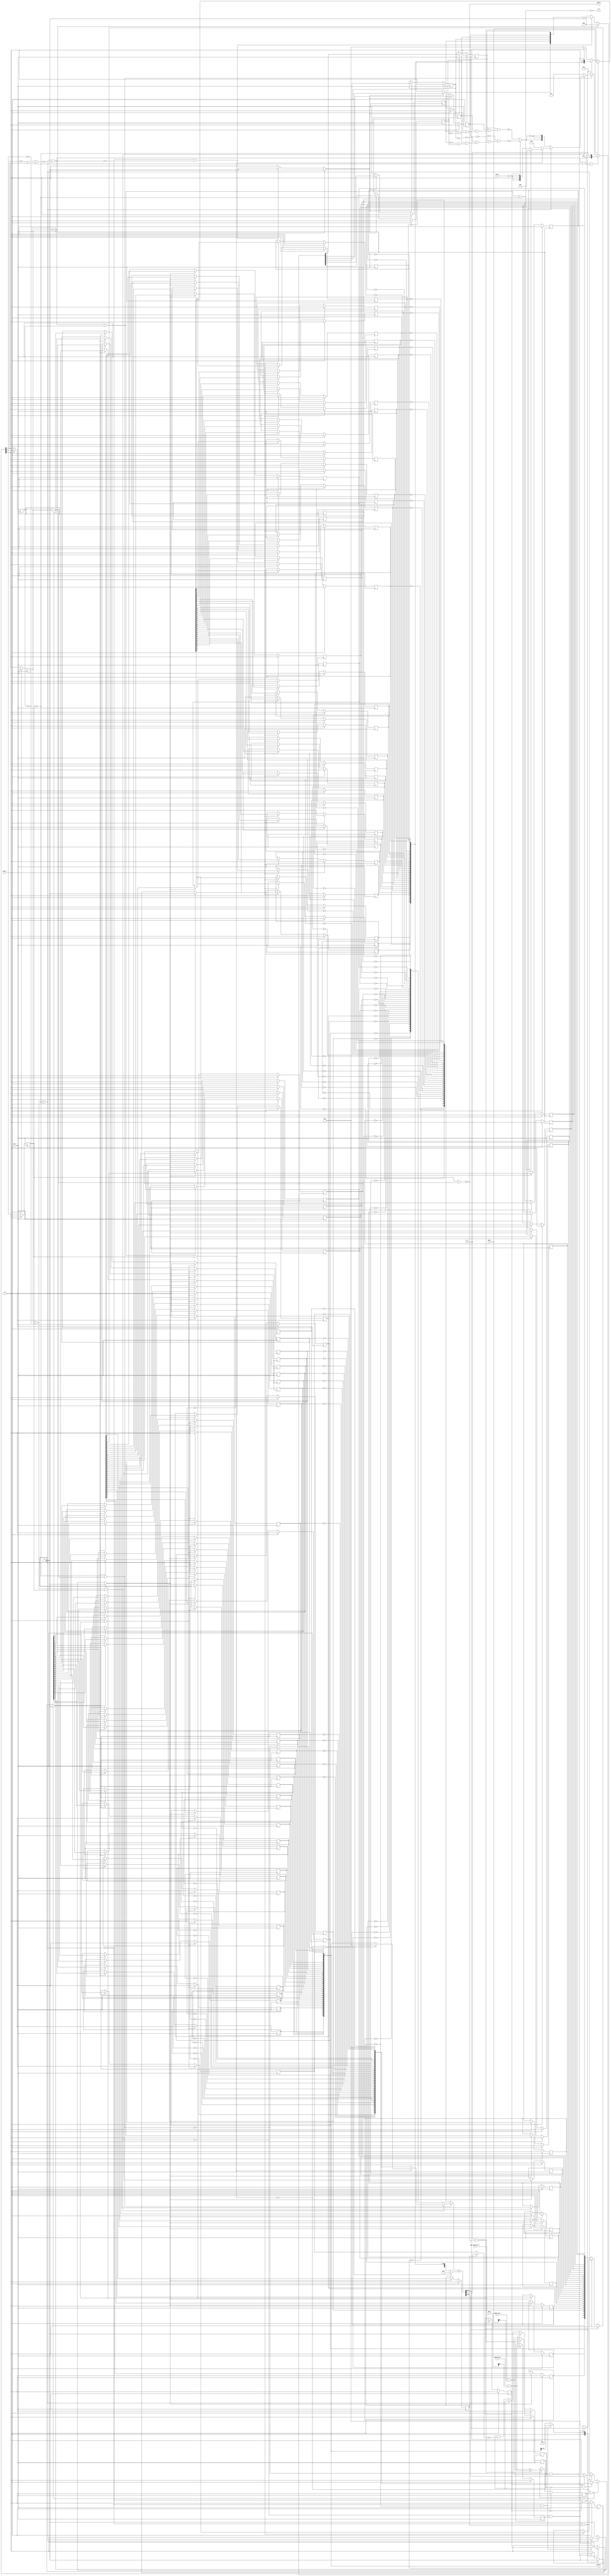
module bsg_imul_iterative_width_p32
(
  reset_i,
  clk_i,
  v_i,
  ready_o,
  opA_i,
  signed_opA_i,
  opB_i,
  signed_opB_i,
  gets_high_part_i,
  v_o,
  result_o,
  yumi_i
);

  input [31:0] opA_i;
  input [31:0] opB_i;
  output [31:0] result_o;
  input reset_i;
  input clk_i;
  input v_i;
  input signed_opA_i;
  input signed_opB_i;
  input gets_high_part_i;
  input yumi_i;
  output ready_o;
  output v_o;
  wire ready_o,v_o,N0,N1,N2,N3,N4,N5,N6,N7,N8,N9,N10,N11,N12,N13,N14,N15,N16,N17,N18,
  N19,N20,N21,N22,N23,N24,N25,N26,shift_counter_full,N27,N28,N29,N30,N31,N32,N33,
  N34,N35,N36,N37,N38,N39,N40,N41,N42,N43,N44,N45,N46,N47,N48,N49,N50,N51,N52,N53,
  N54,N55,N56,N57,N58,N59,N60,N61,N62,N63,N64,N65,N66,N67,N68,N69,N70,N71,N72,N73,
  N74,N75,N76,N77,N78,N79,N80,N81,N82,N83,N84,N85,N86,N87,N88,N89,N90,N91,N92,N93,
  N94,N95,N96,N97,N98,N99,N100,N101,N102,N103,N104,N105,N106,N107,N108,N109,N110,
  N111,N112,N113,N114,N115,N116,N117,N118,N119,N120,N121,N122,N123,N124,N125,N126,
  N127,N128,N129,N130,N131,N132,N133,N134,N135,N136,N137,N138,N139,N140,N141,N142,
  N143,N144,N145,N146,N147,N148,N149,N150,N151,N152,N153,N154,N155,N156,N157,N158,
  N159,N160,N161,N162,N163,N164,N165,N166,adder_neg_op,N167,latch_input,signed_opA,
  signed_opB,N168,N169,N170,N171,N172,N173,N174,N175,N176,N177,N178,N179,N180,N181,
  N182,N183,N184,N185,N186,N187,N188,N189,N190,N191,N192,N193,N194,N195,N196,N197,
  N198,N199,N200,N201,N202,N203,N204,N205,N206,N207,N208,N209,N210,N211,N212,N213,
  N214,N215,N216,N217,N218,N219,N220,N221,N222,N223,N224,N225,N226,N227,N228,N229,
  N230,N231,N232,N233,N234,N235,N236,N237,N238,N239,N240,N241,N242,N243,N244,N245,
  N246,N247,N248,N249,N250,N251,N252,N253,N254,N255,N256,N257,N258,N259,N260,N261,
  N262,N263,N264,N265,N266,N267,N268,N269,N270,N271,N272,N273,N274,N275,N276,N277,
  N278,N279,N280,N281,N282,N283,N284,N285,N286,N287,N288,N289,N290,N291,N292,N293,
  N294,N295,N296,N297,N298,N299,N300,N301,N302,N303,N304,N305,N306,N307,N308,N309,
  shifted_lsb,N310,N311,N312,N313,N314,N315,N316,N317,N318,N319,N320,N321,N322,N323,
  N324,N325,N326,N327,N328,N329,N330,N331,N332,N333,N334,N335,N336,N337,N338,N339,
  N340,N341,N342,N343,N344,N345,N346,N347,N348,N349,N350,N351,N352,N353,N354,N355,
  N356,N357,N358,N359,N360,N361,N362,N363,N364,N365,N366,N367,N368,N369,N370,N371,
  N372,N373,N374,N375,N376,N377,N378,N379,N380,N381,N382,N383,N384,N385,N386,N387,
  N388,N389,N390,N391,N392,N393,N394,N395,N396,N397,N398,N399,N400,N401,N402,N403,
  N404,N405,N406,N407,N408,N409,N410,N411,N412,N413,N414,N415,N416,N417,N418,N419,
  N420,N421,N422,N423,N424,N425,N426,N427,N428,N429,N430,N431,N432,N433,N434,N435,
  N436,N437,N438,N439,N440,N441,N442,N443,N444,N445,N446,N447,N448,N449,N450,N451,
  N453,N454,N455,N456,N457,N458,N459,N460,N461,N462,N463,N464,N465,N466,N467,N468,
  N469,N470,N471,N472,N473,N474,N475,N476,N477,N478,N479,N480,N481,N482,N483,N484,
  N485,N486,N487,N488,N489,N490,N491,N492,N493,N494,N495,N496,N497,N498,N499,N500,
  N501,N502,N503,N504,N505,N506,N507,N509,N510,N511,N512,N513,N514,N515,N516,N517,
  N518,N519,N520,N521,N522,N523,N524,N525,N526,N527,N528,N529;
  wire [2:0] next_state;
  wire [31:0] adder_a,adder_b;
  wire [32:0] adder_result;
  reg [2:0] curr_state_r;
  reg [5:0] shift_counter_r;
  reg signed_opA_r,signed_opB_r,need_neg_result_r,gets_high_part_r,all_sh_lsb_zero_r;
  reg [31:0] opA_r,opB_r,result_o;

  always @(posedge clk_i) begin
    if(reset_i) begin
      curr_state_r[2] <= 1'b0;
    end else if(1'b1) begin
      curr_state_r[2] <= next_state[2];
    end 
  end


  always @(posedge clk_i) begin
    if(reset_i) begin
      curr_state_r[1] <= 1'b0;
    end else if(1'b1) begin
      curr_state_r[1] <= next_state[1];
    end 
  end


  always @(posedge clk_i) begin
    if(reset_i) begin
      curr_state_r[0] <= 1'b0;
    end else if(1'b1) begin
      curr_state_r[0] <= next_state[0];
    end 
  end

  assign N27 = N448 & N453;
  assign N28 = N27 & N449;
  assign N29 = curr_state_r[2] | curr_state_r[1];
  assign N30 = N29 | N449;
  assign N32 = curr_state_r[2] | N453;
  assign N33 = N32 | curr_state_r[0];
  assign N35 = curr_state_r[2] | N453;
  assign N36 = N35 | N449;
  assign N38 = N448 | curr_state_r[1];
  assign N39 = N38 | curr_state_r[0];
  assign N41 = N448 | curr_state_r[1];
  assign N42 = N41 | N449;
  assign N44 = curr_state_r[2] & curr_state_r[1];

  always @(posedge clk_i) begin
    if(reset_i) begin
      shift_counter_r[5] <= 1'b0;
    end else if(N59) begin
      shift_counter_r[5] <= N65;
    end 
  end


  always @(posedge clk_i) begin
    if(reset_i) begin
      shift_counter_r[4] <= 1'b0;
    end else if(N59) begin
      shift_counter_r[4] <= N64;
    end 
  end


  always @(posedge clk_i) begin
    if(reset_i) begin
      shift_counter_r[3] <= 1'b0;
    end else if(N59) begin
      shift_counter_r[3] <= N63;
    end 
  end


  always @(posedge clk_i) begin
    if(reset_i) begin
      shift_counter_r[2] <= 1'b0;
    end else if(N59) begin
      shift_counter_r[2] <= N62;
    end 
  end


  always @(posedge clk_i) begin
    if(reset_i) begin
      shift_counter_r[1] <= 1'b0;
    end else if(N59) begin
      shift_counter_r[1] <= N61;
    end 
  end


  always @(posedge clk_i) begin
    if(reset_i) begin
      shift_counter_r[0] <= 1'b0;
    end else if(N59) begin
      shift_counter_r[0] <= N60;
    end 
  end


  always @(posedge clk_i) begin
    if(reset_i) begin
      signed_opA_r <= 1'b0;
    end else if(latch_input) begin
      signed_opA_r <= signed_opA;
    end 
  end


  always @(posedge clk_i) begin
    if(reset_i) begin
      signed_opB_r <= 1'b0;
    end else if(latch_input) begin
      signed_opB_r <= signed_opB;
    end 
  end


  always @(posedge clk_i) begin
    if(reset_i) begin
      need_neg_result_r <= 1'b0;
    end else if(latch_input) begin
      need_neg_result_r <= N168;
    end 
  end


  always @(posedge clk_i) begin
    if(reset_i) begin
      gets_high_part_r <= 1'b0;
    end else if(latch_input) begin
      gets_high_part_r <= gets_high_part_i;
    end 
  end


  always @(posedge clk_i) begin
    if(reset_i) begin
      opA_r[31] <= 1'b0;
    end else if(N207) begin
      opA_r[31] <= N239;
    end 
  end


  always @(posedge clk_i) begin
    if(reset_i) begin
      opA_r[30] <= 1'b0;
    end else if(N207) begin
      opA_r[30] <= N238;
    end 
  end


  always @(posedge clk_i) begin
    if(reset_i) begin
      opA_r[29] <= 1'b0;
    end else if(N207) begin
      opA_r[29] <= N237;
    end 
  end


  always @(posedge clk_i) begin
    if(reset_i) begin
      opA_r[28] <= 1'b0;
    end else if(N207) begin
      opA_r[28] <= N236;
    end 
  end


  always @(posedge clk_i) begin
    if(reset_i) begin
      opA_r[27] <= 1'b0;
    end else if(N207) begin
      opA_r[27] <= N235;
    end 
  end


  always @(posedge clk_i) begin
    if(reset_i) begin
      opA_r[26] <= 1'b0;
    end else if(N207) begin
      opA_r[26] <= N234;
    end 
  end


  always @(posedge clk_i) begin
    if(reset_i) begin
      opA_r[25] <= 1'b0;
    end else if(N207) begin
      opA_r[25] <= N233;
    end 
  end


  always @(posedge clk_i) begin
    if(reset_i) begin
      opA_r[24] <= 1'b0;
    end else if(N207) begin
      opA_r[24] <= N232;
    end 
  end


  always @(posedge clk_i) begin
    if(reset_i) begin
      opA_r[23] <= 1'b0;
    end else if(N207) begin
      opA_r[23] <= N231;
    end 
  end


  always @(posedge clk_i) begin
    if(reset_i) begin
      opA_r[22] <= 1'b0;
    end else if(N207) begin
      opA_r[22] <= N230;
    end 
  end


  always @(posedge clk_i) begin
    if(reset_i) begin
      opA_r[21] <= 1'b0;
    end else if(N207) begin
      opA_r[21] <= N229;
    end 
  end


  always @(posedge clk_i) begin
    if(reset_i) begin
      opA_r[20] <= 1'b0;
    end else if(N207) begin
      opA_r[20] <= N228;
    end 
  end


  always @(posedge clk_i) begin
    if(reset_i) begin
      opA_r[19] <= 1'b0;
    end else if(N207) begin
      opA_r[19] <= N227;
    end 
  end


  always @(posedge clk_i) begin
    if(reset_i) begin
      opA_r[18] <= 1'b0;
    end else if(N207) begin
      opA_r[18] <= N226;
    end 
  end


  always @(posedge clk_i) begin
    if(reset_i) begin
      opA_r[17] <= 1'b0;
    end else if(N207) begin
      opA_r[17] <= N225;
    end 
  end


  always @(posedge clk_i) begin
    if(reset_i) begin
      opA_r[16] <= 1'b0;
    end else if(N207) begin
      opA_r[16] <= N224;
    end 
  end


  always @(posedge clk_i) begin
    if(reset_i) begin
      opA_r[15] <= 1'b0;
    end else if(N207) begin
      opA_r[15] <= N223;
    end 
  end


  always @(posedge clk_i) begin
    if(reset_i) begin
      opA_r[14] <= 1'b0;
    end else if(N207) begin
      opA_r[14] <= N222;
    end 
  end


  always @(posedge clk_i) begin
    if(reset_i) begin
      opA_r[13] <= 1'b0;
    end else if(N207) begin
      opA_r[13] <= N221;
    end 
  end


  always @(posedge clk_i) begin
    if(reset_i) begin
      opA_r[12] <= 1'b0;
    end else if(N207) begin
      opA_r[12] <= N220;
    end 
  end


  always @(posedge clk_i) begin
    if(reset_i) begin
      opA_r[11] <= 1'b0;
    end else if(N207) begin
      opA_r[11] <= N219;
    end 
  end


  always @(posedge clk_i) begin
    if(reset_i) begin
      opA_r[10] <= 1'b0;
    end else if(N207) begin
      opA_r[10] <= N218;
    end 
  end


  always @(posedge clk_i) begin
    if(reset_i) begin
      opA_r[9] <= 1'b0;
    end else if(N207) begin
      opA_r[9] <= N217;
    end 
  end


  always @(posedge clk_i) begin
    if(reset_i) begin
      opA_r[8] <= 1'b0;
    end else if(N207) begin
      opA_r[8] <= N216;
    end 
  end


  always @(posedge clk_i) begin
    if(reset_i) begin
      opA_r[7] <= 1'b0;
    end else if(N207) begin
      opA_r[7] <= N215;
    end 
  end


  always @(posedge clk_i) begin
    if(reset_i) begin
      opA_r[6] <= 1'b0;
    end else if(N207) begin
      opA_r[6] <= N214;
    end 
  end


  always @(posedge clk_i) begin
    if(reset_i) begin
      opA_r[5] <= 1'b0;
    end else if(N207) begin
      opA_r[5] <= N213;
    end 
  end


  always @(posedge clk_i) begin
    if(reset_i) begin
      opA_r[4] <= 1'b0;
    end else if(N207) begin
      opA_r[4] <= N212;
    end 
  end


  always @(posedge clk_i) begin
    if(reset_i) begin
      opA_r[3] <= 1'b0;
    end else if(N207) begin
      opA_r[3] <= N211;
    end 
  end


  always @(posedge clk_i) begin
    if(reset_i) begin
      opA_r[2] <= 1'b0;
    end else if(N207) begin
      opA_r[2] <= N210;
    end 
  end


  always @(posedge clk_i) begin
    if(reset_i) begin
      opA_r[1] <= 1'b0;
    end else if(N207) begin
      opA_r[1] <= N209;
    end 
  end


  always @(posedge clk_i) begin
    if(reset_i) begin
      opA_r[0] <= 1'b0;
    end else if(N207) begin
      opA_r[0] <= N208;
    end 
  end


  always @(posedge clk_i) begin
    if(reset_i) begin
      opB_r[31] <= 1'b0;
    end else if(N276) begin
      opB_r[31] <= N308;
    end 
  end


  always @(posedge clk_i) begin
    if(reset_i) begin
      opB_r[30] <= 1'b0;
    end else if(N276) begin
      opB_r[30] <= N307;
    end 
  end


  always @(posedge clk_i) begin
    if(reset_i) begin
      opB_r[29] <= 1'b0;
    end else if(N276) begin
      opB_r[29] <= N306;
    end 
  end


  always @(posedge clk_i) begin
    if(reset_i) begin
      opB_r[28] <= 1'b0;
    end else if(N276) begin
      opB_r[28] <= N305;
    end 
  end


  always @(posedge clk_i) begin
    if(reset_i) begin
      opB_r[27] <= 1'b0;
    end else if(N276) begin
      opB_r[27] <= N304;
    end 
  end


  always @(posedge clk_i) begin
    if(reset_i) begin
      opB_r[26] <= 1'b0;
    end else if(N276) begin
      opB_r[26] <= N303;
    end 
  end


  always @(posedge clk_i) begin
    if(reset_i) begin
      opB_r[25] <= 1'b0;
    end else if(N276) begin
      opB_r[25] <= N302;
    end 
  end


  always @(posedge clk_i) begin
    if(reset_i) begin
      opB_r[24] <= 1'b0;
    end else if(N276) begin
      opB_r[24] <= N301;
    end 
  end


  always @(posedge clk_i) begin
    if(reset_i) begin
      opB_r[23] <= 1'b0;
    end else if(N276) begin
      opB_r[23] <= N300;
    end 
  end


  always @(posedge clk_i) begin
    if(reset_i) begin
      opB_r[22] <= 1'b0;
    end else if(N276) begin
      opB_r[22] <= N299;
    end 
  end


  always @(posedge clk_i) begin
    if(reset_i) begin
      opB_r[21] <= 1'b0;
    end else if(N276) begin
      opB_r[21] <= N298;
    end 
  end


  always @(posedge clk_i) begin
    if(reset_i) begin
      opB_r[20] <= 1'b0;
    end else if(N276) begin
      opB_r[20] <= N297;
    end 
  end


  always @(posedge clk_i) begin
    if(reset_i) begin
      opB_r[19] <= 1'b0;
    end else if(N276) begin
      opB_r[19] <= N296;
    end 
  end


  always @(posedge clk_i) begin
    if(reset_i) begin
      opB_r[18] <= 1'b0;
    end else if(N276) begin
      opB_r[18] <= N295;
    end 
  end


  always @(posedge clk_i) begin
    if(reset_i) begin
      opB_r[17] <= 1'b0;
    end else if(N276) begin
      opB_r[17] <= N294;
    end 
  end


  always @(posedge clk_i) begin
    if(reset_i) begin
      opB_r[16] <= 1'b0;
    end else if(N276) begin
      opB_r[16] <= N293;
    end 
  end


  always @(posedge clk_i) begin
    if(reset_i) begin
      opB_r[15] <= 1'b0;
    end else if(N276) begin
      opB_r[15] <= N292;
    end 
  end


  always @(posedge clk_i) begin
    if(reset_i) begin
      opB_r[14] <= 1'b0;
    end else if(N276) begin
      opB_r[14] <= N291;
    end 
  end


  always @(posedge clk_i) begin
    if(reset_i) begin
      opB_r[13] <= 1'b0;
    end else if(N276) begin
      opB_r[13] <= N290;
    end 
  end


  always @(posedge clk_i) begin
    if(reset_i) begin
      opB_r[12] <= 1'b0;
    end else if(N276) begin
      opB_r[12] <= N289;
    end 
  end


  always @(posedge clk_i) begin
    if(reset_i) begin
      opB_r[11] <= 1'b0;
    end else if(N276) begin
      opB_r[11] <= N288;
    end 
  end


  always @(posedge clk_i) begin
    if(reset_i) begin
      opB_r[10] <= 1'b0;
    end else if(N276) begin
      opB_r[10] <= N287;
    end 
  end


  always @(posedge clk_i) begin
    if(reset_i) begin
      opB_r[9] <= 1'b0;
    end else if(N276) begin
      opB_r[9] <= N286;
    end 
  end


  always @(posedge clk_i) begin
    if(reset_i) begin
      opB_r[8] <= 1'b0;
    end else if(N276) begin
      opB_r[8] <= N285;
    end 
  end


  always @(posedge clk_i) begin
    if(reset_i) begin
      opB_r[7] <= 1'b0;
    end else if(N276) begin
      opB_r[7] <= N284;
    end 
  end


  always @(posedge clk_i) begin
    if(reset_i) begin
      opB_r[6] <= 1'b0;
    end else if(N276) begin
      opB_r[6] <= N283;
    end 
  end


  always @(posedge clk_i) begin
    if(reset_i) begin
      opB_r[5] <= 1'b0;
    end else if(N276) begin
      opB_r[5] <= N282;
    end 
  end


  always @(posedge clk_i) begin
    if(reset_i) begin
      opB_r[4] <= 1'b0;
    end else if(N276) begin
      opB_r[4] <= N281;
    end 
  end


  always @(posedge clk_i) begin
    if(reset_i) begin
      opB_r[3] <= 1'b0;
    end else if(N276) begin
      opB_r[3] <= N280;
    end 
  end


  always @(posedge clk_i) begin
    if(reset_i) begin
      opB_r[2] <= 1'b0;
    end else if(N276) begin
      opB_r[2] <= N279;
    end 
  end


  always @(posedge clk_i) begin
    if(reset_i) begin
      opB_r[1] <= 1'b0;
    end else if(N276) begin
      opB_r[1] <= N278;
    end 
  end


  always @(posedge clk_i) begin
    if(reset_i) begin
      opB_r[0] <= 1'b0;
    end else if(N276) begin
      opB_r[0] <= N277;
    end 
  end


  always @(posedge clk_i) begin
    if(reset_i) begin
      all_sh_lsb_zero_r <= 1'b0;
    end else if(latch_input) begin
      all_sh_lsb_zero_r <= 1'b1;
    end else if(N456) begin
      all_sh_lsb_zero_r <= N310;
    end 
  end


  always @(posedge clk_i) begin
    if(N416) begin
      result_o[31] <= 1'b0;
    end else if(N383) begin
      result_o[31] <= N415;
    end 
  end


  always @(posedge clk_i) begin
    if(N447) begin
      result_o[30] <= 1'b0;
    end else if(N383) begin
      result_o[30] <= N414;
    end 
  end


  always @(posedge clk_i) begin
    if(N446) begin
      result_o[29] <= 1'b0;
    end else if(N383) begin
      result_o[29] <= N413;
    end 
  end


  always @(posedge clk_i) begin
    if(N445) begin
      result_o[28] <= 1'b0;
    end else if(N383) begin
      result_o[28] <= N412;
    end 
  end


  always @(posedge clk_i) begin
    if(N444) begin
      result_o[27] <= 1'b0;
    end else if(N383) begin
      result_o[27] <= N411;
    end 
  end


  always @(posedge clk_i) begin
    if(N443) begin
      result_o[26] <= 1'b0;
    end else if(N383) begin
      result_o[26] <= N410;
    end 
  end


  always @(posedge clk_i) begin
    if(N442) begin
      result_o[25] <= 1'b0;
    end else if(N383) begin
      result_o[25] <= N409;
    end 
  end


  always @(posedge clk_i) begin
    if(N441) begin
      result_o[24] <= 1'b0;
    end else if(N383) begin
      result_o[24] <= N408;
    end 
  end


  always @(posedge clk_i) begin
    if(N440) begin
      result_o[23] <= 1'b0;
    end else if(N383) begin
      result_o[23] <= N407;
    end 
  end


  always @(posedge clk_i) begin
    if(N439) begin
      result_o[22] <= 1'b0;
    end else if(N383) begin
      result_o[22] <= N406;
    end 
  end


  always @(posedge clk_i) begin
    if(N438) begin
      result_o[21] <= 1'b0;
    end else if(N383) begin
      result_o[21] <= N405;
    end 
  end


  always @(posedge clk_i) begin
    if(N437) begin
      result_o[20] <= 1'b0;
    end else if(N383) begin
      result_o[20] <= N404;
    end 
  end


  always @(posedge clk_i) begin
    if(N436) begin
      result_o[19] <= 1'b0;
    end else if(N383) begin
      result_o[19] <= N403;
    end 
  end


  always @(posedge clk_i) begin
    if(N435) begin
      result_o[18] <= 1'b0;
    end else if(N383) begin
      result_o[18] <= N402;
    end 
  end


  always @(posedge clk_i) begin
    if(N434) begin
      result_o[17] <= 1'b0;
    end else if(N383) begin
      result_o[17] <= N401;
    end 
  end


  always @(posedge clk_i) begin
    if(N433) begin
      result_o[16] <= 1'b0;
    end else if(N383) begin
      result_o[16] <= N400;
    end 
  end


  always @(posedge clk_i) begin
    if(N432) begin
      result_o[15] <= 1'b0;
    end else if(N383) begin
      result_o[15] <= N399;
    end 
  end


  always @(posedge clk_i) begin
    if(N431) begin
      result_o[14] <= 1'b0;
    end else if(N383) begin
      result_o[14] <= N398;
    end 
  end


  always @(posedge clk_i) begin
    if(N430) begin
      result_o[13] <= 1'b0;
    end else if(N383) begin
      result_o[13] <= N397;
    end 
  end


  always @(posedge clk_i) begin
    if(N429) begin
      result_o[12] <= 1'b0;
    end else if(N383) begin
      result_o[12] <= N396;
    end 
  end


  always @(posedge clk_i) begin
    if(N428) begin
      result_o[11] <= 1'b0;
    end else if(N383) begin
      result_o[11] <= N395;
    end 
  end


  always @(posedge clk_i) begin
    if(N427) begin
      result_o[10] <= 1'b0;
    end else if(N383) begin
      result_o[10] <= N394;
    end 
  end


  always @(posedge clk_i) begin
    if(N426) begin
      result_o[9] <= 1'b0;
    end else if(N383) begin
      result_o[9] <= N393;
    end 
  end


  always @(posedge clk_i) begin
    if(N425) begin
      result_o[8] <= 1'b0;
    end else if(N383) begin
      result_o[8] <= N392;
    end 
  end


  always @(posedge clk_i) begin
    if(N424) begin
      result_o[7] <= 1'b0;
    end else if(N383) begin
      result_o[7] <= N391;
    end 
  end


  always @(posedge clk_i) begin
    if(N423) begin
      result_o[6] <= 1'b0;
    end else if(N383) begin
      result_o[6] <= N390;
    end 
  end


  always @(posedge clk_i) begin
    if(N422) begin
      result_o[5] <= 1'b0;
    end else if(N383) begin
      result_o[5] <= N389;
    end 
  end


  always @(posedge clk_i) begin
    if(N421) begin
      result_o[4] <= 1'b0;
    end else if(N383) begin
      result_o[4] <= N388;
    end 
  end


  always @(posedge clk_i) begin
    if(N420) begin
      result_o[3] <= 1'b0;
    end else if(N383) begin
      result_o[3] <= N387;
    end 
  end


  always @(posedge clk_i) begin
    if(N419) begin
      result_o[2] <= 1'b0;
    end else if(N383) begin
      result_o[2] <= N386;
    end 
  end


  always @(posedge clk_i) begin
    if(N418) begin
      result_o[1] <= 1'b0;
    end else if(N383) begin
      result_o[1] <= N385;
    end 
  end


  always @(posedge clk_i) begin
    if(N417) begin
      result_o[0] <= 1'b0;
    end else if(N383) begin
      result_o[0] <= N384;
    end 
  end

  assign N416 = reset_i | latch_input;
  assign N417 = reset_i | latch_input;
  assign N418 = reset_i | latch_input;
  assign N419 = reset_i | latch_input;
  assign N420 = reset_i | latch_input;
  assign N421 = reset_i | latch_input;
  assign N422 = reset_i | latch_input;
  assign N423 = reset_i | latch_input;
  assign N424 = reset_i | latch_input;
  assign N425 = reset_i | latch_input;
  assign N426 = reset_i | latch_input;
  assign N427 = reset_i | latch_input;
  assign N428 = reset_i | latch_input;
  assign N429 = reset_i | latch_input;
  assign N430 = reset_i | latch_input;
  assign N431 = reset_i | latch_input;
  assign N432 = reset_i | latch_input;
  assign N433 = reset_i | latch_input;
  assign N434 = reset_i | latch_input;
  assign N435 = reset_i | latch_input;
  assign N436 = reset_i | latch_input;
  assign N437 = reset_i | latch_input;
  assign N438 = reset_i | latch_input;
  assign N439 = reset_i | latch_input;
  assign N440 = reset_i | latch_input;
  assign N441 = reset_i | latch_input;
  assign N442 = reset_i | latch_input;
  assign N443 = reset_i | latch_input;
  assign N444 = reset_i | latch_input;
  assign N445 = reset_i | latch_input;
  assign N446 = reset_i | latch_input;
  assign N447 = reset_i | latch_input;
  assign N448 = ~curr_state_r[2];
  assign N449 = ~curr_state_r[0];
  assign N450 = curr_state_r[1] | N448;
  assign N451 = N449 | N450;
  assign v_o = ~N451;
  assign N453 = ~curr_state_r[1];
  assign N454 = N453 | curr_state_r[2];
  assign N455 = N449 | N454;
  assign N456 = ~N455;
  assign N457 = N453 | curr_state_r[2];
  assign N458 = N449 | N457;
  assign N459 = ~N458;
  assign N460 = N453 | curr_state_r[2];
  assign N461 = N449 | N460;
  assign N462 = ~N461;
  assign N463 = N453 | curr_state_r[2];
  assign N464 = N449 | N463;
  assign N465 = ~N464;
  assign N466 = curr_state_r[1] | curr_state_r[2];
  assign N467 = N449 | N466;
  assign N468 = ~N467;
  assign N469 = N453 | curr_state_r[2];
  assign N470 = N449 | N469;
  assign N471 = ~N470;
  assign N472 = N453 | curr_state_r[2];
  assign N473 = curr_state_r[0] | N472;
  assign N474 = ~N473;
  assign N475 = N453 | curr_state_r[2];
  assign N476 = N449 | N475;
  assign N477 = ~N476;
  assign N478 = curr_state_r[1] | N448;
  assign N479 = curr_state_r[0] | N478;
  assign N480 = ~N479;
  assign N481 = N453 | curr_state_r[2];
  assign N482 = N449 | N481;
  assign N483 = ~next_state[1];
  assign N484 = ~next_state[0];
  assign N485 = N483 | next_state[2];
  assign N486 = N484 | N485;
  assign N487 = ~N486;
  assign N488 = curr_state_r[1] | N448;
  assign N489 = curr_state_r[0] | N488;
  assign N490 = ~N489;
  assign N491 = curr_state_r[1] | curr_state_r[2];
  assign N492 = N449 | N491;
  assign N493 = ~N492;
  assign N494 = N453 | curr_state_r[2];
  assign N495 = curr_state_r[0] | N494;
  assign N496 = ~N495;
  assign N497 = curr_state_r[1] | N448;
  assign N498 = curr_state_r[0] | N497;
  assign N499 = ~N498;
  assign N500 = N453 | curr_state_r[2];
  assign N501 = curr_state_r[0] | N500;
  assign N502 = ~N501;
  assign N503 = curr_state_r[1] | curr_state_r[2];
  assign N504 = N449 | N503;
  assign N505 = ~N504;
  assign N506 = curr_state_r[1] | curr_state_r[2];
  assign N507 = curr_state_r[0] | N506;
  assign ready_o = ~N507;
  assign N509 = ~shift_counter_r[4];
  assign N510 = ~shift_counter_r[3];
  assign N511 = ~shift_counter_r[2];
  assign N512 = ~shift_counter_r[1];
  assign N513 = ~shift_counter_r[0];
  assign N514 = N509 | shift_counter_r[5];
  assign N515 = N510 | N514;
  assign N516 = N511 | N515;
  assign N517 = N512 | N516;
  assign N518 = N513 | N517;
  assign N519 = ~N518;
  assign N520 = ~shift_counter_r[5];
  assign N521 = shift_counter_r[4] | N520;
  assign N522 = shift_counter_r[3] | N521;
  assign N523 = shift_counter_r[2] | N522;
  assign N524 = shift_counter_r[1] | N523;
  assign N525 = shift_counter_r[0] | N524;
  assign N526 = ~N525;
  assign adder_result = adder_a + adder_b;
  assign { N58, N57, N56, N55, N54, N53 } = shift_counter_r + 1'b1;
  assign shift_counter_full = (N0)? N519 : 
                              (N1)? N526 : 1'b0;
  assign N0 = gets_high_part_r;
  assign N1 = N26;
  assign next_state = (N2)? { 1'b0, 1'b0, v_i } : 
                      (N3)? { 1'b0, 1'b1, 1'b0 } : 
                      (N4)? { 1'b0, 1'b1, 1'b1 } : 
                      (N5)? { shift_counter_full, N45, N45 } : 
                      (N6)? { 1'b1, 1'b0, 1'b1 } : 
                      (N7)? { N46, 1'b0, N46 } : 
                      (N8)? { 1'b0, 1'b0, 1'b0 } : 1'b0;
  assign N2 = N28;
  assign N3 = N31;
  assign N4 = N34;
  assign N5 = N37;
  assign N6 = N40;
  assign N7 = N43;
  assign N8 = N44;
  assign N59 = (N9)? 1'b1 : 
               (N67)? 1'b1 : 
               (N51)? 1'b0 : 1'b0;
  assign N9 = N49;
  assign { N65, N64, N63, N62, N61, N60 } = (N9)? { 1'b0, 1'b0, 1'b0, 1'b0, 1'b0, 1'b0 } : 
                                            (N67)? { N58, N57, N56, N55, N54, N53 } : 1'b0;
  assign adder_a = (N10)? { N71, N72, N73, N74, N75, N76, N77, N78, N79, N80, N81, N82, N83, N84, N85, N86, N87, N88, N89, N90, N91, N92, N93, N94, N95, N96, N97, N98, N99, N100, N101, N102 } : 
                   (N11)? { N103, N104, N105, N106, N107, N108, N109, N110, N111, N112, N113, N114, N115, N116, N117, N118, N119, N120, N121, N122, N123, N124, N125, N126, N127, N128, N129, N130, N131, N132, N133, N134 } : 
                   (N12)? { N135, N136, N137, N138, N139, N140, N141, N142, N143, N144, N145, N146, N147, N148, N149, N150, N151, N152, N153, N154, N155, N156, N157, N158, N159, N160, N161, N162, N163, N164, N165, N166 } : 
                   (N70)? result_o : 1'b0;
  assign N10 = N505;
  assign N11 = N502;
  assign N12 = N490;
  assign adder_b = (N13)? { 1'b0, 1'b0, 1'b0, 1'b0, 1'b0, 1'b0, 1'b0, 1'b0, 1'b0, 1'b0, 1'b0, 1'b0, 1'b0, 1'b0, 1'b0, 1'b0, 1'b0, 1'b0, 1'b0, 1'b0, 1'b0, 1'b0, 1'b0, 1'b0, 1'b0, 1'b0, 1'b0, 1'b0, 1'b0, 1'b0, 1'b0, 1'b1 } : 
                   (N14)? opA_r : 1'b0;
  assign N13 = adder_neg_op;
  assign N14 = N167;
  assign N174 = (N15)? 1'b1 : 
                (N16)? 1'b1 : 
                (N173)? 1'b0 : 1'b0;
  assign N15 = N170;
  assign N16 = N171;
  assign { N206, N205, N204, N203, N202, N201, N200, N199, N198, N197, N196, N195, N194, N193, N192, N191, N190, N189, N188, N187, N186, N185, N184, N183, N182, N181, N180, N179, N178, N177, N176, N175 } = (N15)? { opA_r[30:0], 1'b0 } : 
                                                                                                                                                                                                              (N16)? adder_result[31:0] : 1'b0;
  assign N207 = (N17)? 1'b1 : 
                (N18)? N174 : 1'b0;
  assign N17 = latch_input;
  assign N18 = N169;
  assign { N239, N238, N237, N236, N235, N234, N233, N232, N231, N230, N229, N228, N227, N226, N225, N224, N223, N222, N221, N220, N219, N218, N217, N216, N215, N214, N213, N212, N211, N210, N209, N208 } = (N17)? opA_i : 
                                                                                                                                                                                                              (N18)? { N206, N205, N204, N203, N202, N201, N200, N199, N198, N197, N196, N195, N194, N193, N192, N191, N190, N189, N188, N187, N186, N185, N184, N183, N182, N181, N180, N179, N178, N177, N176, N175 } : 1'b0;
  assign N243 = (N19)? 1'b1 : 
                (N20)? 1'b1 : 
                (N242)? 1'b0 : 1'b0;
  assign N19 = N459;
  assign N20 = N240;
  assign { N275, N274, N273, N272, N271, N270, N269, N268, N267, N266, N265, N264, N263, N262, N261, N260, N259, N258, N257, N256, N255, N254, N253, N252, N251, N250, N249, N248, N247, N246, N245, N244 } = (N19)? { 1'b0, opB_r[31:1] } : 
                                                                                                                                                                                                              (N20)? adder_result[31:0] : 1'b0;
  assign N276 = (N17)? 1'b1 : 
                (N18)? N243 : 1'b0;
  assign { N308, N307, N306, N305, N304, N303, N302, N301, N300, N299, N298, N297, N296, N295, N294, N293, N292, N291, N290, N289, N288, N287, N286, N285, N284, N283, N282, N281, N280, N279, N278, N277 } = (N17)? opB_i : 
                                                                                                                                                                                                              (N18)? { N275, N274, N273, N272, N271, N270, N269, N268, N267, N266, N265, N264, N263, N262, N261, N260, N259, N258, N257, N256, N255, N254, N253, N252, N251, N250, N249, N248, N247, N246, N245, N244 } : 1'b0;
  assign shifted_lsb = (N21)? adder_result[0] : 
                       (N309)? result_o[0] : 1'b0;
  assign N21 = opB_r[0];
  assign { N350, N349, N348, N347, N346, N345, N344, N343, N342, N341, N340, N339, N338, N337, N336, N335, N334, N333, N332, N331, N330, N329, N328, N327, N326, N325, N324, N323, N322, N321, N320, N319 } = (N22)? { N135, N136, N137, N138, N139, N140, N141, N142, N143, N144, N145, N146, N147, N148, N149, N150, N151, N152, N153, N154, N155, N156, N157, N158, N159, N160, N161, N162, N163, N164, N165, N166 } : 
                                                                                                                                                                                                              (N318)? adder_result[31:0] : 1'b0;
  assign N22 = N317;
  assign { N382, N381, N380, N379, N378, N377, N376, N375, N374, N373, N372, N371, N370, N369, N368, N367, N366, N365, N364, N363, N362, N361, N360, N359, N358, N357, N356, N355, N354, N353, N352, N351 } = (N0)? adder_result[32:1] : 
                                                                                                                                                                                                              (N1)? adder_result[31:0] : 1'b0;
  assign N383 = (N23)? 1'b1 : 
                (N24)? 1'b1 : 
                (N25)? gets_high_part_r : 
                (N316)? 1'b0 : 1'b0;
  assign N23 = N311;
  assign N24 = N312;
  assign N25 = N313;
  assign { N415, N414, N413, N412, N411, N410, N409, N408, N407, N406, N405, N404, N403, N402, N401, N400, N399, N398, N397, N396, N395, N394, N393, N392, N391, N390, N389, N388, N387, N386, N385, N384 } = (N23)? { N350, N349, N348, N347, N346, N345, N344, N343, N342, N341, N340, N339, N338, N337, N336, N335, N334, N333, N332, N331, N330, N329, N328, N327, N326, N325, N324, N323, N322, N321, N320, N319 } : 
                                                                                                                                                                                                              (N24)? { N382, N381, N380, N379, N378, N377, N376, N375, N374, N373, N372, N371, N370, N369, N368, N367, N366, N365, N364, N363, N362, N361, N360, N359, N358, N357, N356, N355, N354, N353, N352, N351 } : 
                                                                                                                                                                                                              (N25)? { 1'b0, result_o[31:1] } : 1'b0;
  assign N26 = ~gets_high_part_r;
  assign N31 = ~N30;
  assign N34 = ~N33;
  assign N37 = ~N36;
  assign N40 = ~N39;
  assign N43 = ~N42;
  assign N45 = ~shift_counter_full;
  assign N46 = ~yumi_i;
  assign N47 = ~reset_i;
  assign N48 = N47;
  assign N49 = N482 & N487;
  assign N50 = N465 | N49;
  assign N51 = ~N50;
  assign N52 = N48 & N67;
  assign N66 = ~N49;
  assign N67 = N465 & N66;
  assign N68 = N502 | N505;
  assign N69 = N490 | N68;
  assign N70 = ~N69;
  assign N71 = ~opA_r[31];
  assign N72 = ~opA_r[30];
  assign N73 = ~opA_r[29];
  assign N74 = ~opA_r[28];
  assign N75 = ~opA_r[27];
  assign N76 = ~opA_r[26];
  assign N77 = ~opA_r[25];
  assign N78 = ~opA_r[24];
  assign N79 = ~opA_r[23];
  assign N80 = ~opA_r[22];
  assign N81 = ~opA_r[21];
  assign N82 = ~opA_r[20];
  assign N83 = ~opA_r[19];
  assign N84 = ~opA_r[18];
  assign N85 = ~opA_r[17];
  assign N86 = ~opA_r[16];
  assign N87 = ~opA_r[15];
  assign N88 = ~opA_r[14];
  assign N89 = ~opA_r[13];
  assign N90 = ~opA_r[12];
  assign N91 = ~opA_r[11];
  assign N92 = ~opA_r[10];
  assign N93 = ~opA_r[9];
  assign N94 = ~opA_r[8];
  assign N95 = ~opA_r[7];
  assign N96 = ~opA_r[6];
  assign N97 = ~opA_r[5];
  assign N98 = ~opA_r[4];
  assign N99 = ~opA_r[3];
  assign N100 = ~opA_r[2];
  assign N101 = ~opA_r[1];
  assign N102 = ~opA_r[0];
  assign N103 = ~opB_r[31];
  assign N104 = ~opB_r[30];
  assign N105 = ~opB_r[29];
  assign N106 = ~opB_r[28];
  assign N107 = ~opB_r[27];
  assign N108 = ~opB_r[26];
  assign N109 = ~opB_r[25];
  assign N110 = ~opB_r[24];
  assign N111 = ~opB_r[23];
  assign N112 = ~opB_r[22];
  assign N113 = ~opB_r[21];
  assign N114 = ~opB_r[20];
  assign N115 = ~opB_r[19];
  assign N116 = ~opB_r[18];
  assign N117 = ~opB_r[17];
  assign N118 = ~opB_r[16];
  assign N119 = ~opB_r[15];
  assign N120 = ~opB_r[14];
  assign N121 = ~opB_r[13];
  assign N122 = ~opB_r[12];
  assign N123 = ~opB_r[11];
  assign N124 = ~opB_r[10];
  assign N125 = ~opB_r[9];
  assign N126 = ~opB_r[8];
  assign N127 = ~opB_r[7];
  assign N128 = ~opB_r[6];
  assign N129 = ~opB_r[5];
  assign N130 = ~opB_r[4];
  assign N131 = ~opB_r[3];
  assign N132 = ~opB_r[2];
  assign N133 = ~opB_r[1];
  assign N134 = ~opB_r[0];
  assign N135 = ~result_o[31];
  assign N136 = ~result_o[30];
  assign N137 = ~result_o[29];
  assign N138 = ~result_o[28];
  assign N139 = ~result_o[27];
  assign N140 = ~result_o[26];
  assign N141 = ~result_o[25];
  assign N142 = ~result_o[24];
  assign N143 = ~result_o[23];
  assign N144 = ~result_o[22];
  assign N145 = ~result_o[21];
  assign N146 = ~result_o[20];
  assign N147 = ~result_o[19];
  assign N148 = ~result_o[18];
  assign N149 = ~result_o[17];
  assign N150 = ~result_o[16];
  assign N151 = ~result_o[15];
  assign N152 = ~result_o[14];
  assign N153 = ~result_o[13];
  assign N154 = ~result_o[12];
  assign N155 = ~result_o[11];
  assign N156 = ~result_o[10];
  assign N157 = ~result_o[9];
  assign N158 = ~result_o[8];
  assign N159 = ~result_o[7];
  assign N160 = ~result_o[6];
  assign N161 = ~result_o[5];
  assign N162 = ~result_o[4];
  assign N163 = ~result_o[3];
  assign N164 = ~result_o[2];
  assign N165 = ~result_o[1];
  assign N166 = ~result_o[0];
  assign adder_neg_op = N527 | N499;
  assign N527 = N493 | N496;
  assign N167 = ~adder_neg_op;
  assign latch_input = v_i & ready_o;
  assign signed_opA = signed_opA_i & opA_i[31];
  assign signed_opB = signed_opB_i & opB_i[31];
  assign N168 = signed_opA ^ signed_opB;
  assign N169 = ~latch_input;
  assign N170 = N471 & N26;
  assign N171 = N468 & signed_opA_r;
  assign N172 = N171 | N170;
  assign N173 = ~N172;
  assign N240 = N474 & signed_opB_r;
  assign N241 = N240 | N459;
  assign N242 = ~N241;
  assign N309 = ~opB_r[0];
  assign N310 = all_sh_lsb_zero_r & N528;
  assign N528 = ~shifted_lsb;
  assign N311 = N480 & need_neg_result_r;
  assign N312 = N477 & opB_r[0];
  assign N313 = N462 & N134;
  assign N314 = N312 | N311;
  assign N315 = N313 | N314;
  assign N316 = ~N315;
  assign N317 = gets_high_part_r & N529;
  assign N529 = ~all_sh_lsb_zero_r;
  assign N318 = ~N317;

endmodule